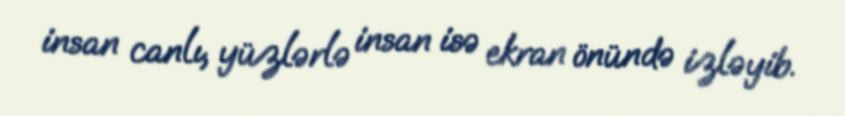
insan canlı, yüzlərlə insan isə ekran önündə izləyib.